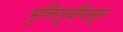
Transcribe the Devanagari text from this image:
मुक्तिपूर्वीपासून